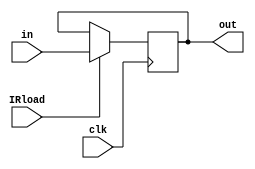
module InstrunctionRegister (in, IRload, clk, out);
input [15:0] in;
input IRload, clk;
output [15:0] out;
reg [15:0] out;

	always @(posedge clk)
		if (IRload == 1) out = in;

endmodule